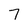
Character: 7